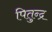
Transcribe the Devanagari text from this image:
पितुन्द्र